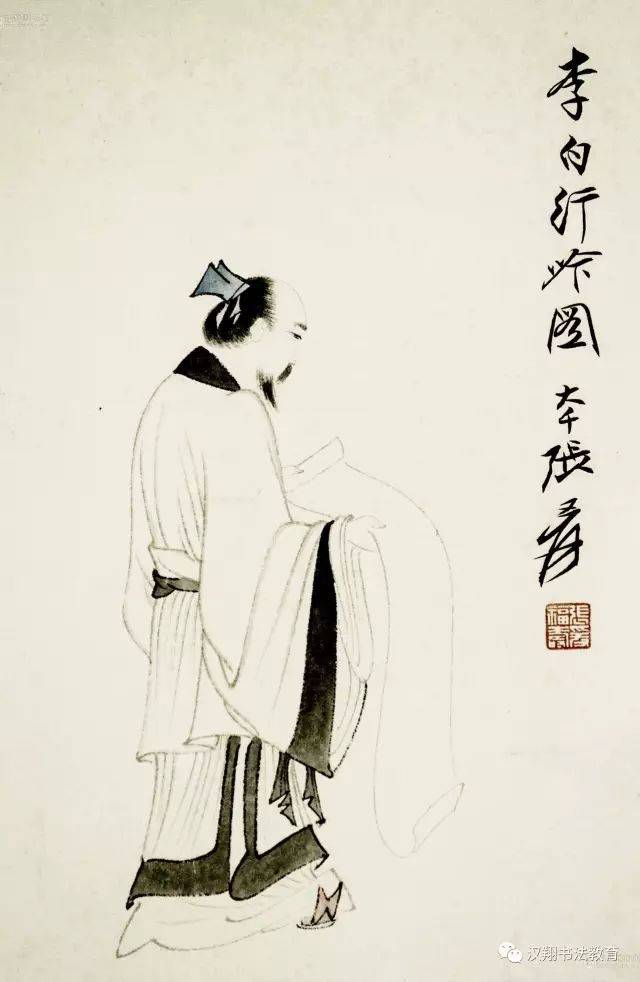
宣父犹能畏后生，丈夫未可轻年少。